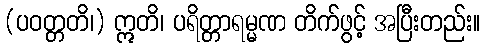
(ပဝတ္တတိ၊) ဣတိ၊ ပရိတ္တာရမ္မဏ တိက်ဖွင့် အပြီးတည်း။